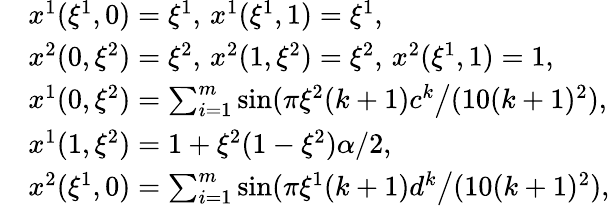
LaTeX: \begin{array}{rl}&{x^{1}(\xi^{1},0)=\xi^{1},\, x^{1}(\xi^{1},1)=\xi^{1},}\\ &{x^{2}(0,\xi^{2})=\xi^{2},\, x^{2}(1,\xi^{2})=\xi^{2},\, x^{2}(\xi^{1},1)=1,}\\ &{x^{1}(0,\xi^{2})=\sum_{i=1}^{m}\sin(\pi\xi^{2}(k+1)c^{k}\big/(10(k+1)^{2}),}\\ &{x^{1}(1,\xi^{2})=1+\xi^{2}(1-\xi^{2})\alpha/2,}\\ &{x^{2}(\xi^{1},0)=\sum_{i=1}^{m}\sin(\pi\xi^{1}(k+1)d^{k}\big/(10(k+1)^{2}),}\end{array}